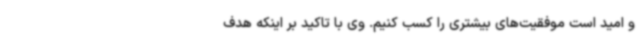
و امید است موفقیت‌های بیشتری را کسب کنیم. وی با تاکید بر اینکه هدف